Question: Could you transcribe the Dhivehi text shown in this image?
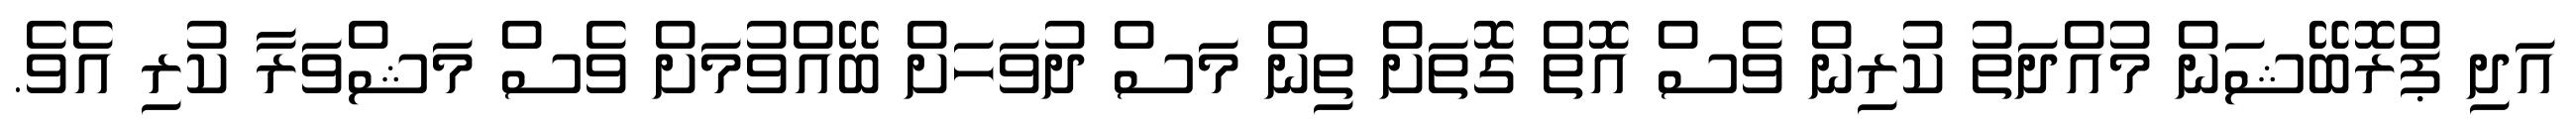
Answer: އަދި ޕްރޮބޭޝަން މުއްދަތު ކުރިން ވެސް އޮތް ގޮތަށް ތިން މަސް ދުވަހަށް ބޭއްވުމަށް ވެސް މަޝްވަރާ ކުރި އެވެ.